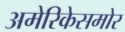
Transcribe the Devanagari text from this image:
अमेरिकेसमोर